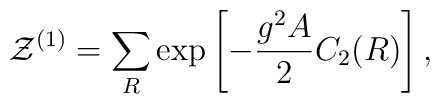
{\cal Z}^{(1)}=\sum_{R} \exp\left[-{{g^2 A}\over 2}C_2(R)\right],